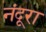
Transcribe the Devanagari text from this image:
नंदूरा